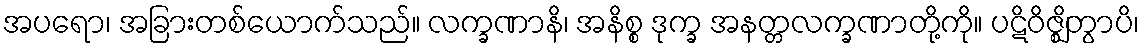
အပရော၊ အခြားတစ်ယောက်သည်။ လက္ခဏာနိ၊ အနိစ္စ ဒုက္ခ အနတ္တလက္ခဏာတို့ကို။ ပဋိဝိဇ္ဈိတွာပိ၊